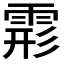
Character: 𩃋